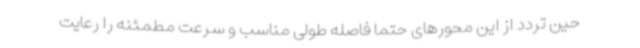
حین تردد از این محورهای حتما فاصله طولی مناسب و سرعت مطمئنه را رعایت